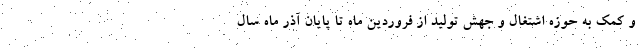
و کمک به حوزه اشتغال و جهش تولید از فروردین ماه تا پایان آذر ماه سال